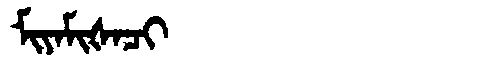
Manchu: ᠮᡳᠶᠠᠮᡳᡧᠠᠴᡳ
Romanization: MIYAMIŠACI